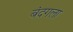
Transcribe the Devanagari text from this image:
बंदगला